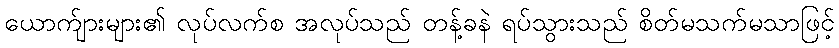
ယောက်ျားများ၏ လုပ်လက်စ အလုပ်သည် တန့်ခနဲ ရပ်သွားသည် စိတ်မသက်မသာဖြင့်